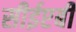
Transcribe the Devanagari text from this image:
सीईएबी